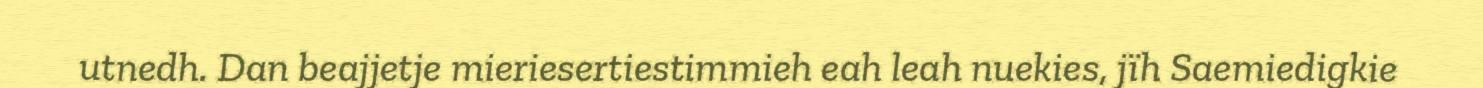
utnedh. Dan beajjetje mieriesertiestimmieh eah leah nuekies, jïh Saemiedigkie